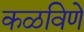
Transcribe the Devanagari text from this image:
कळविणे